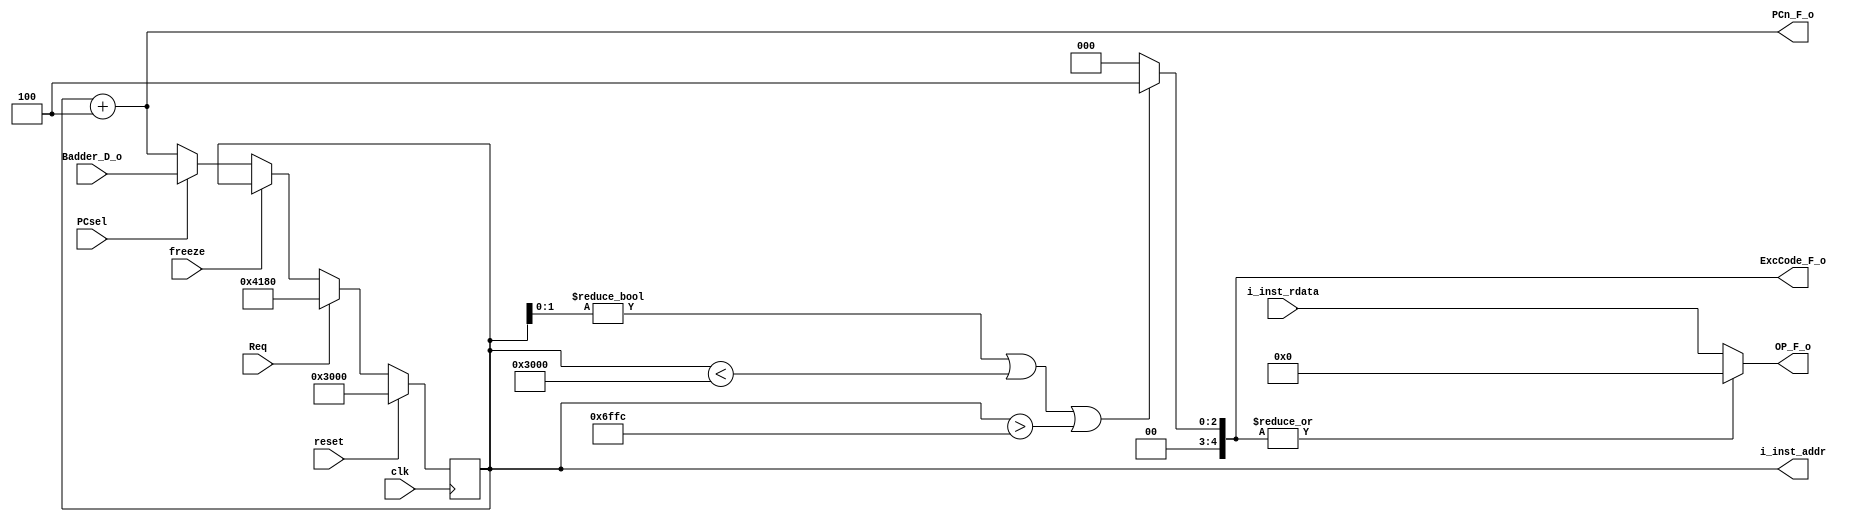
`timescale 1ns / 1ps
//////////////////////////////////////////////////////////////////////////////////
// Company: 
// Engineer: 
// 
// Design Name: 
// Module Name:    IFU 
// Project Name: 
// Target Devices: 
// Tool versions: 
// Description: 
//
// Dependencies: 
//
// Revision: 
// Revision 0.01 - File Created
// Additional Comments: 
//
//////////////////////////////////////////////////////////////////////////////////
module IFU(
    input clk,
    input reset,
	 input freeze,
	 input Req,
    input PCsel,
    input [31:0] Badder_D_o,
	 //from mips
	 input [31:0] i_inst_rdata,
	 //output
	 output [4:0] ExcCode_F_o,
    output [31:0] OP_F_o,
    output [31:0] PCn_F_o,
	 //give mips
	 output [31:0] i_inst_addr
    );
wire [31:0] adder;//adder
wire [31:0] PCnew;
reg [31:0] PC;//PC register

assign i_inst_addr=PC;
assign adder=PC+4;
assign PCn_F_o=adder;
assign PCnew=(PCsel==1)? Badder_D_o:adder;
always @(posedge clk) begin
      if(reset) PC<=12288;
		else if(Req) PC<=32'h4180;
		else if(freeze) PC<=PC;
		else PC<=PCnew;
end
assign OP_F_o=(|ExcCode_F_o)? 32'b0:i_inst_rdata;
assign ExcCode_F_o=((PC[1:0]!=2'b00) || PC<32'h3000 || PC>32'h6ffc)? 5'd4:0;
endmodule